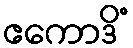
ဧကောဒိံ